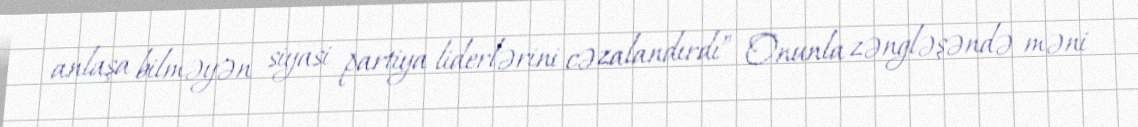
anlaşa bilməyən siyasi partiya liderlərini cəzalandırdı” Onunla zəngləşəndə məni